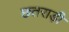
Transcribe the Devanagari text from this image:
छतराड़ी